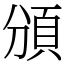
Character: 頒